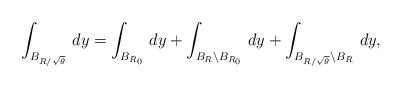
LaTeX: \begin{align*}\int_{B_{R/\sqrt{\theta}}}\, dy=\int_{B_{R_0}}\, dy+\int_{B_{R}\setminus B_{R_0}}\, dy+\int_{B_{R/\sqrt{\theta}}\setminus B_{R}}\, dy,\end{align*}